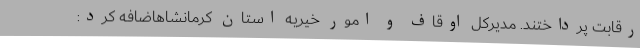
رقابت پرداختند. مدیرکل اوقاف و امور خیریه استان کرمانشاهاضافه کرد: